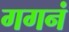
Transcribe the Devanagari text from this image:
गगनं